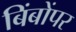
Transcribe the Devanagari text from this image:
बिंबोंपर